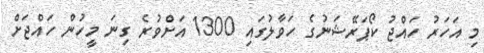
މި އަހަރު ހައްޖު ކޯޕަރޭޝަނުގެ ހަވާލުގައި 1300 އަށްވުރެ ގިނަ މީހުން ހައްޖަށް